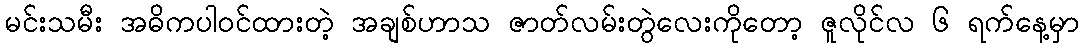
မင်းသမီး အဓိကပါဝင်ထားတဲ့ အချစ်ဟာသ ဇာတ်လမ်းတွဲလေးကိုတော့ ဇူလိုင်လ ၆ ရက်နေ့မှာ